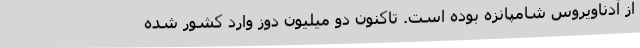
از آدناویروس شامپانزه بوده است. تاکنون دو میلیون دوز وارد کشور شده